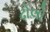
ઢોલો